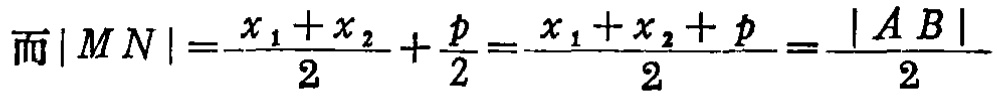
而\(|MN|=\frac{x_1 + x_2}{2}+\frac{p}{2}=\frac{x_1 + x_2 + p}{2}=\frac{|AB|}{2}\)